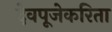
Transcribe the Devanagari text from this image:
देवपूजेकरिता